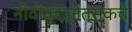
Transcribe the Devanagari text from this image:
नोवोकुझ्नेत्स्कचे